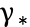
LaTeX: \upgamma_{\ast}